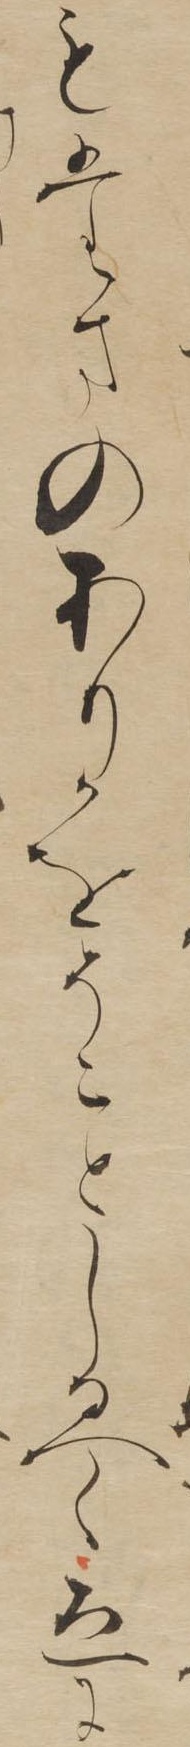
もたまのありかをそことしるへくゑに